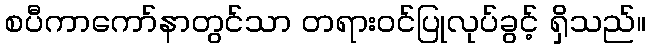
စပီကာကော်နာတွင်သာ တရားဝင်ပြုလုပ်ခွင့် ရှိသည်။